Tezpur Lunatic Asylum reports 1877-1894 - 1877-1894
Year: 1877
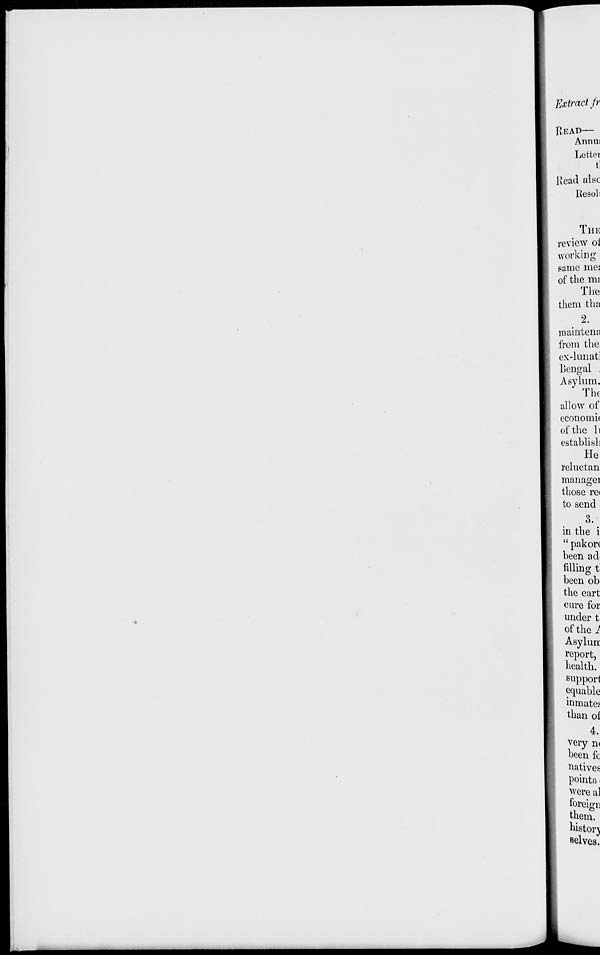
Extract fr
HEAD—
Annui
Letter
t:
Head alsc
Kesoli
THE
review oi
working
pame me;
of the mi
The
them tlm
2.
maintemi
from the
ex-lunati
Bengal .
Asylum.
The
allow of
economic
of the li
establish
He
reluctan
managei
those ret
to send
3.
in the i
" pakor(
been acl
filling; t
been ob
the eart
cure for
under t
of the 1
Asyliui
report,
health,
support
equable
inmates
than of
4.
very n<
been fc
natives
points, i
were al
foreign
them,
history
selves.